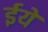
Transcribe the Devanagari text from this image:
ईये